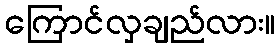
ကြောင်လှချည်လား။